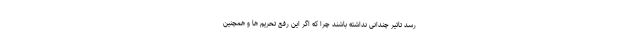
رسد تاثیر چندانی نداشته باشند چرا که اگر این رفع تحریم ها و همچنین